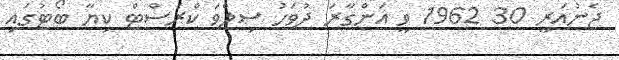
ޖެނުއަރީ 30 1962 ވީ އަންގާރަ ދުވަހު ސިލްވަ ކްރެސްޓް ކިޔާ ބޯޓުގައި